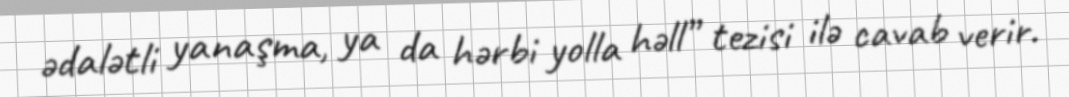
ədalətli yanaşma, ya da hərbi yolla həll” tezisi ilə cavab verir.